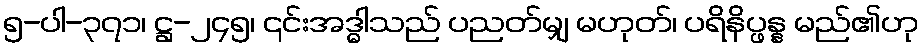
၅-ပါ-၃၇၁၊ ဋ္ဌ-၂၄၅၊ ၎င်းအဒ္ဓါသည် ပညတ်မျှ မဟုတ်၊ ပရိနိပ္ဖန္န မည်၏ဟု